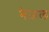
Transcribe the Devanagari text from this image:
नेज़ल